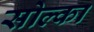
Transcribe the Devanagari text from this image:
सोल्का